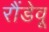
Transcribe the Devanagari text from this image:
रौंडेवू